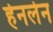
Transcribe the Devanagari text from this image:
हेनलेन